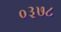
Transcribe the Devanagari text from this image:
०३७८